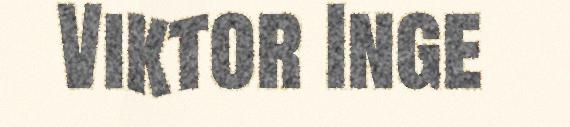
Viktor Inge